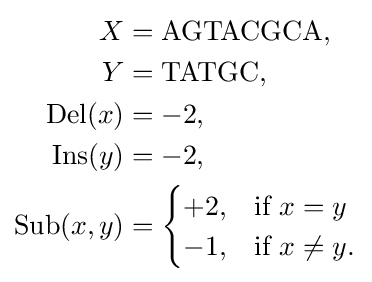
{\begin{aligned}X&={\text{AGTACGCA}},\\Y&={\text{TATGC}},\\\operatorname {Del} (x)&=-2,\\\operatorname {Ins} (y)&=-2,\\\operatorname {Sub} (x,y)&={\begin{cases}+2,&{\text{if }}x=y\\-1,&{\text{if }}x\neq y.\end{cases}}\end{aligned}}